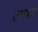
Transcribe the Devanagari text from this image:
रूपाचं